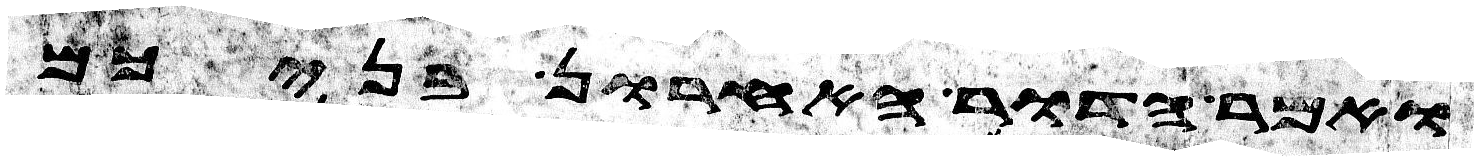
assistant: ואמר הדור האחרון בניכם